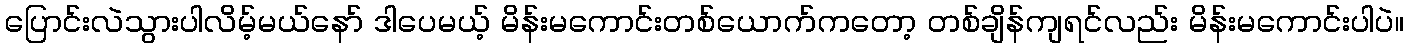
ပြောင်းလဲသွားပါလိမ့်မယ်နော် ဒါပေမယ့် မိန်းမကောင်းတစ်ယောက်ကတော့ တစ်ချိန်ကျရင်လည်း မိန်းမကောင်းပါပဲ။